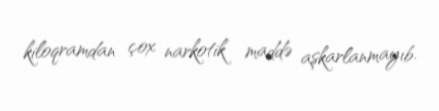
kiloqramdan çox narkotik maddə aşkarlanmayıb.